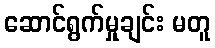
ဆောင်ရွက်မှုချင်း မတူ